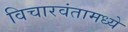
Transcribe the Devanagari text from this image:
विचारवंतामध्ये